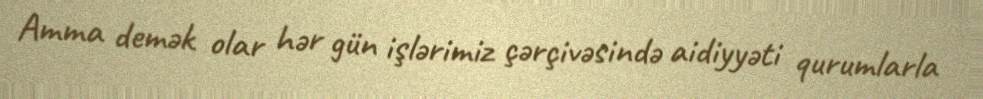
Amma demək olar hər gün işlərimiz çərçivəsində aidiyyəti qurumlarla